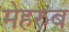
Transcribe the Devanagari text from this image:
मेहरुब